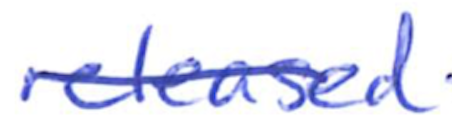
Text: released
Cross-out: single-line
Writing tool: ballpoint